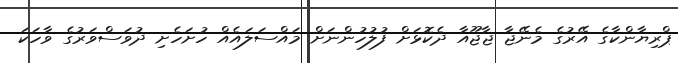
ޕްރިޔާންކާގެ އޭރުގެ މެނޭޖާ ޖާޖޫއާ ދެކޮޅަށް ފުލުހުންނަށް މައްސަލައެއް ހުށަހެށި ދުވަސްވަރުގެ ވާހަކަ